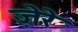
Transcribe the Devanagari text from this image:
ज़ेरे